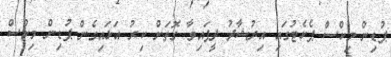
ޕުޑިން މިކްސް ޕެކެޓުގައި އިރުޝާދު ދީފައިވާ ގޮތަށް ކިރު އަޅައިގެން ޕުޑިން މިކްސް